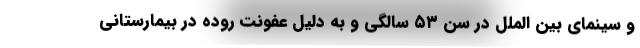
و سینمای بین الملل در سن ۵۳ سالگی و به دلیل عفونت روده در بیمارستانی